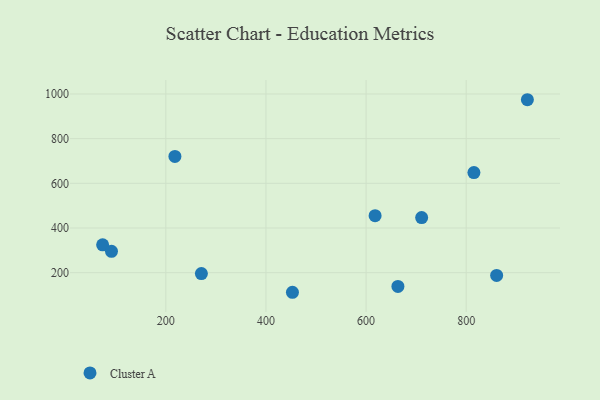
{"axis": {"x": "Study Hours", "y": "Yield"}, "legend": ["Cluster A"], "data": [{"x": "271.0", "y": 195.9, "type": "Cluster A"}, {"x": "218.1", "y": 720.4, "type": "Cluster A"}, {"x": "815.4", "y": 648.0, "type": "Cluster A"}, {"x": "860.8", "y": 187.9, "type": "Cluster A"}, {"x": "618.0", "y": 455.3, "type": "Cluster A"}, {"x": "73.7", "y": 324.6, "type": "Cluster A"}, {"x": "922.2", "y": 974.2, "type": "Cluster A"}, {"x": "91.4", "y": 295.4, "type": "Cluster A"}, {"x": "711.0", "y": 446.7, "type": "Cluster A"}, {"x": "663.6", "y": 138.4, "type": "Cluster A"}, {"x": "452.9", "y": 112.3, "type": "Cluster A"}]}